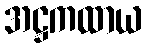
အဋ္ဌကထာယ